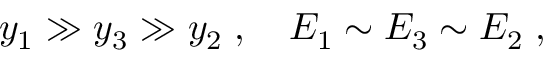
y _ { 1 } \gg y _ { 3 } \gg y _ { 2 } \; , \quad E _ { 1 } \sim E _ { 3 } \sim E _ { 2 } \; ,